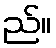
ည်။